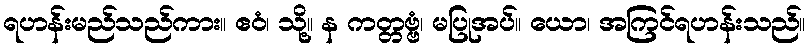
ရဟန်းမည်သည်ကား။ ဧဝံ၊ သို့။ န ကတ္တဗ္ဗံ၊ မပြုအပ်။ ယော၊ အကြင်ရဟန်းသည်။